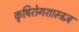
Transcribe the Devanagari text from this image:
कृषिरोगशास्त्रज्ञ